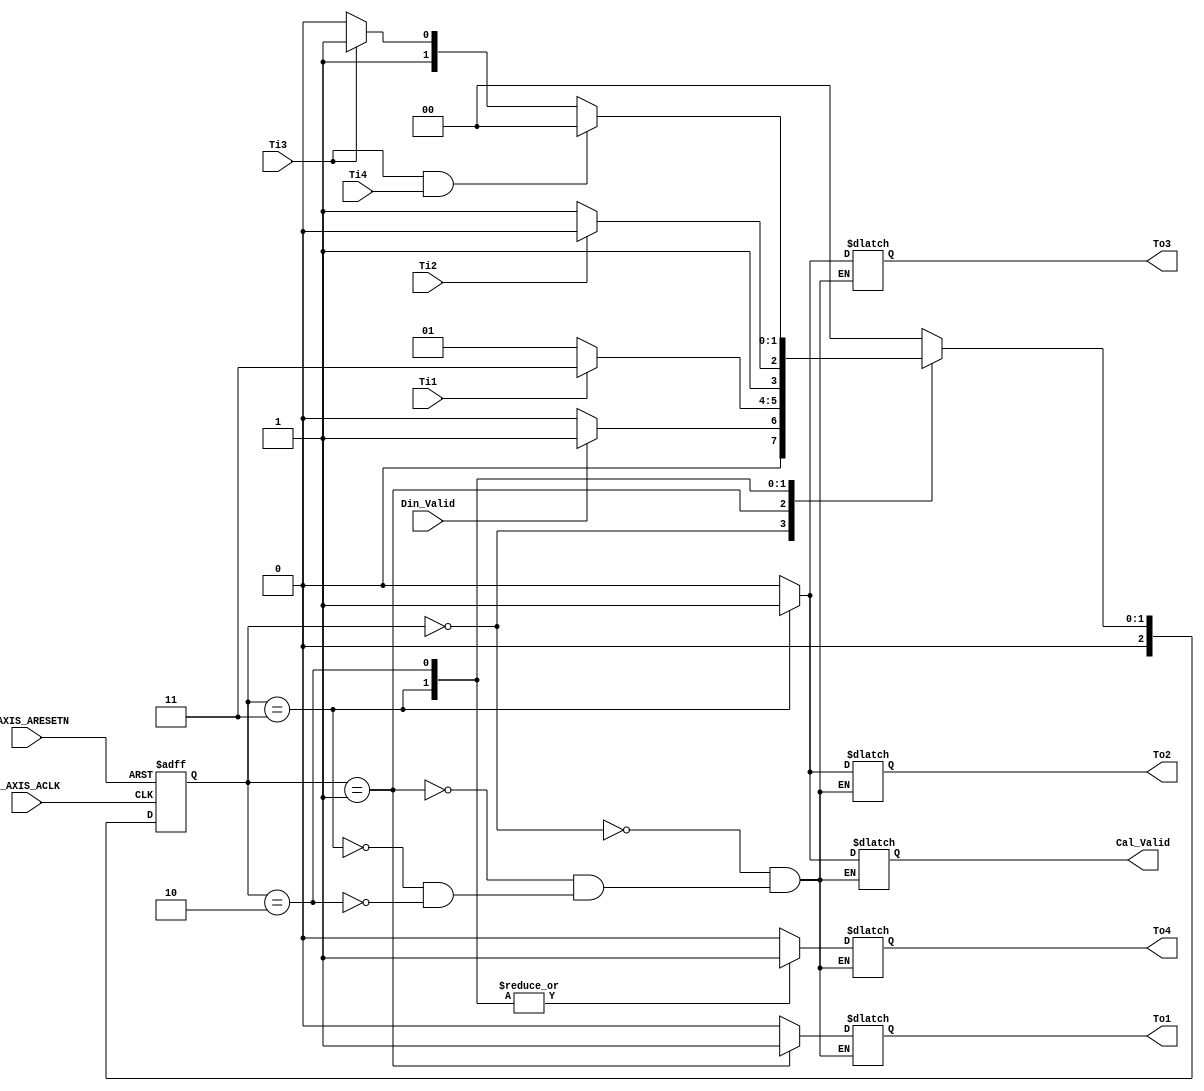
module FSM(
S_AXIS_ACLK,S_AXIS_ARESETN,Din_Valid,Ti1,Ti2,Ti3,Ti4,To1,To2,To3,To4,Cal_Valid
    );

    input S_AXIS_ACLK;
    input S_AXIS_ARESETN;
    input Din_Valid,Ti1,Ti2,Ti3,Ti4; // 
    output reg Cal_Valid,To1,To2,To3,To4; // 
    
    parameter   S0=2'b00, // Idle and End
                S1=2'b01, // 
                S2=2'b11, // Valid_Calculate_Data 
                S3=2'b10; // 
    
    reg [2:0] cs; // 
    reg [2:0] ns; // 
    /*------------------------------------*/  
    always @(posedge S_AXIS_ACLK or negedge S_AXIS_ARESETN) begin
        if(!S_AXIS_ARESETN)
            cs <= S0;
        else
            cs <= ns;
    end
    /*------------------------------------*/
    always @(cs or Din_Valid or Ti1 or Ti2 or Ti3 or Ti4) begin
        ns = S0;
        case(cs)
            S0: ns = Din_Valid? S1:S0;
            S1: ns = Ti1? S2:S1;
            S2: ns = Ti2? S3:S2;
            S3: ns = (Ti3 && Ti4)? S0:(Ti3? S2:S3);
        endcase
     end
     /*------------------------------------*/
     always @(cs) begin
        case(cs)
            S0: begin To1=0;To2=0;To3=0;To4=0;Cal_Valid=0; end
            S1: begin To1=1;To2=0;To3=0;To4=0;Cal_Valid=0; end
            S2: begin To1=0;To2=1;To3=1;To4=1;Cal_Valid=1; end
            S3: begin To1=0;To2=0;To3=0;To4=1;Cal_Valid=0; end
        endcase
     end
   
endmodule